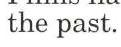
the past.